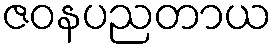
ဇဝနပညတာယ